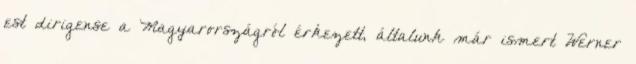
est dirigense a Magyarországról érkezett, általunk már ismert Werner